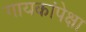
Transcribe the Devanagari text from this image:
गायकांपेक्षा